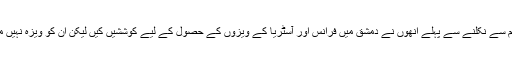
شام سے نکلنے سے پہلے انھوں نے دمشق میں فرانس اور آسٹریا کے ویزوں کے حصول کے لیے کوششیں کیں لیکن ان کو ویزہ نہیں ملا۔